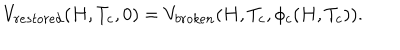
LaTeX: V _ { r e s t o r e d } ( H , T _ { c } , 0 ) = V _ { b r o k e n } ( H , T _ { c } , \phi _ { c } ( H , T _ { c } ) ) .